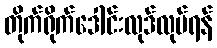
တိုက်ရိုက်ဒေါင်းလုဒ်လုပ်ရန်